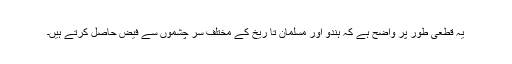
یہ قطعی طور پر واضح ہے کہ ہندو اور مسلمان تا ریخ کے مختلف سر چشموں سے فیض حاصل کرتے ہیں۔